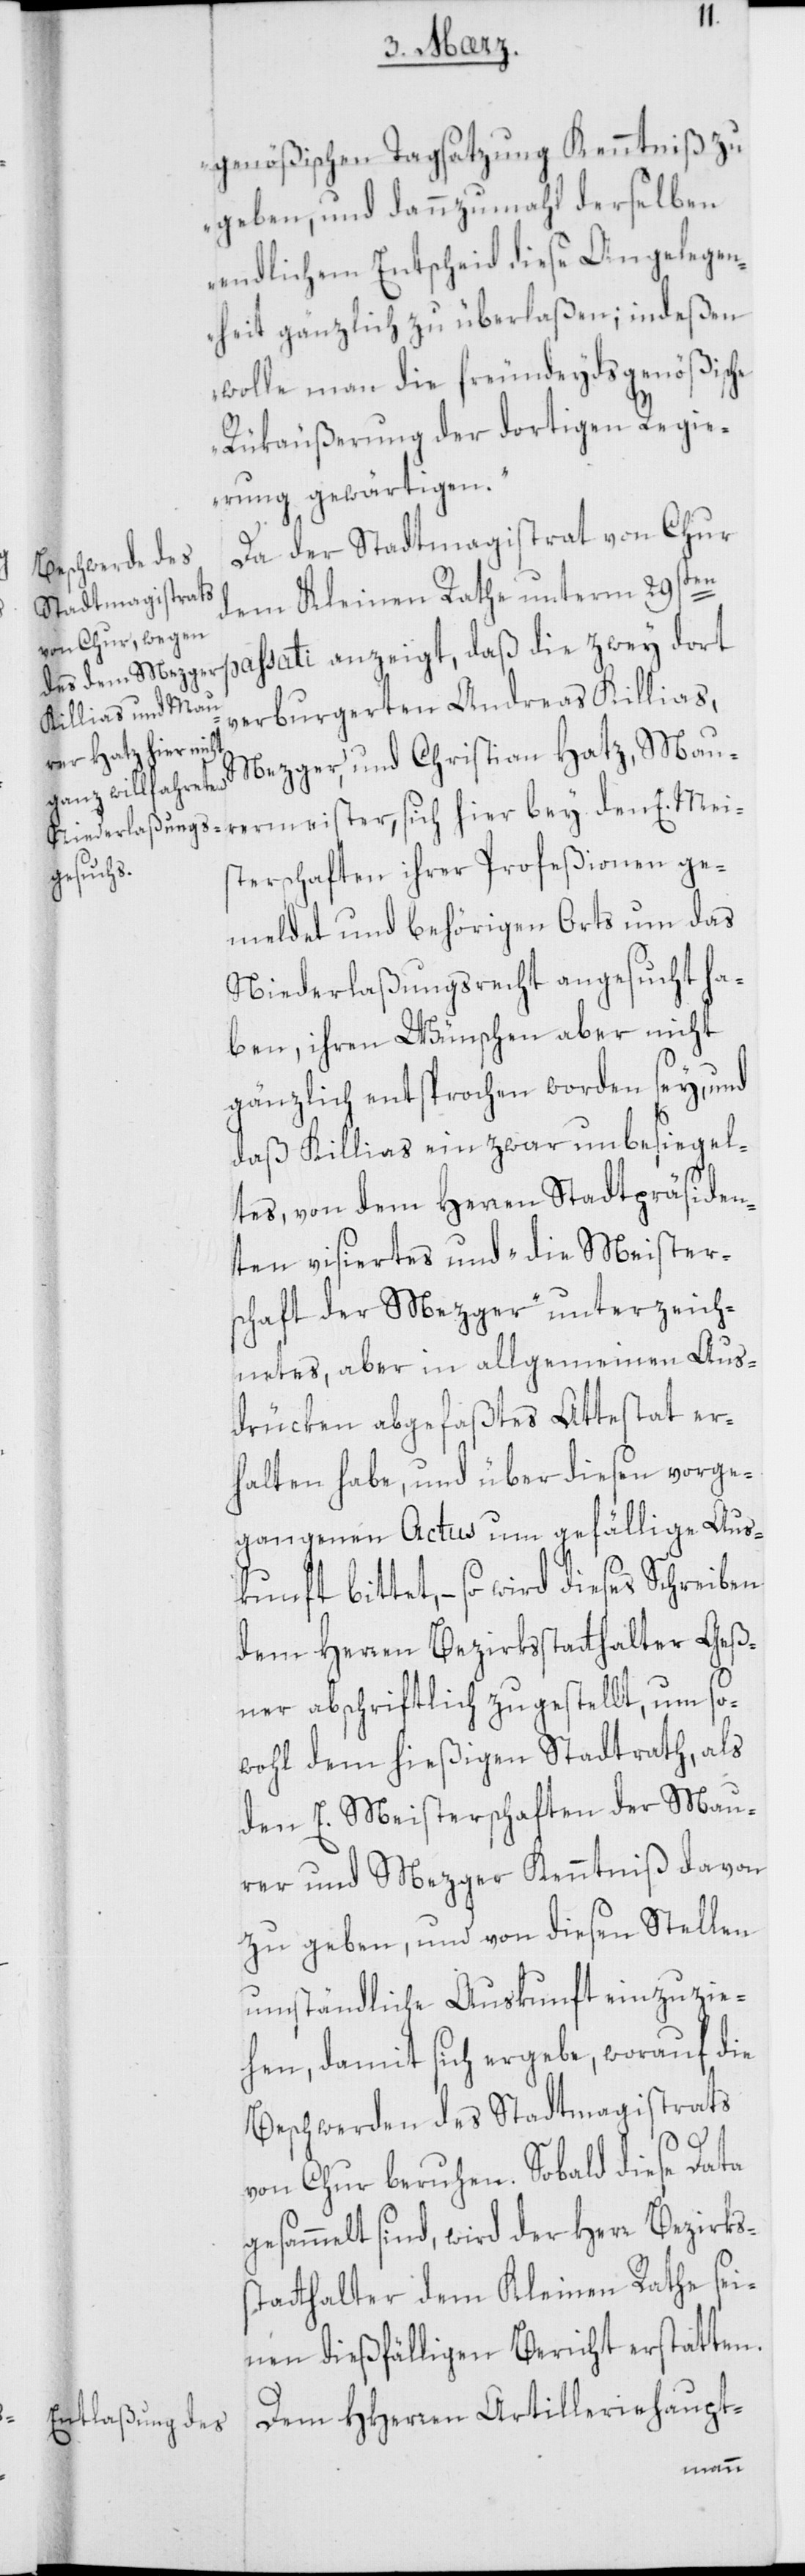
genößischen Tagsatzung Kenntniß zu
geben, und dannzumahl derselben
endlichem Entscheid diese Angelegen¬
heit gänzlich zu überlaßen; indeßen
wolle man die freundeydsgenößische
Rükäußerung der dortigen Regie¬
rung gewärtigen.“
Da der Stadtmagistrat von Chur
dem Kleinen Rathe unterm 29sten
passati anzeigt, daß die zwey dort
verburgerten Andreas Killias,
Mezger, und Christian Hatz, Mau¬
rermeister, sich hier bey den E. Mei¬
sterschaften ihrer Profeßionen ge¬
meldet und behörigen Orts um das
Niederlaßungsrecht angesucht ha¬
ben, ihren Wünschen aber nicht
gänzlich entsprochen worden sey, und
daß Killias ein zwar unbesiegel¬
tes, von dem Herren Stadtpräsiden¬
ten visiertes und „die Meister¬
schaft der Mezger“ unterzeich¬
netes, aber in allgemeinen Aus¬
drüken abgefaßtes Attestat er¬
halten habe, und über diesen vorge¬
gangenen Actus um gefällige Aus¬
kunft bittet, – so wird dieses Schreiben
dem Herren Bezirksstatthalter Geß¬
ner abschriftlich zugestellt, um so¬
wohl dem hießigen Stadtrath, als
den E. Meisterschaften der Mau¬
rer und Mezger Kenntniß davon
zu geben, und von diesen Stellen
umständliche Auskunft einzuzie¬
hen, damit sich ergebe, worauf die
Beschwerden des Stadtmagistrats
von Chur beruhen. Sobald diese Data
gesammelt sind, wird der Herr Bezirks¬
statthalter dem Kleinen Rathe sei¬
nen dießfälligen Bericht erstatten.
Dem HHerren Artilleriehaupt-